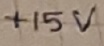
Text: +15V